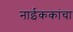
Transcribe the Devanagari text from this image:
नाईककांचा